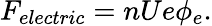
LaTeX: F_{electric}=nUe\phi_{e}.